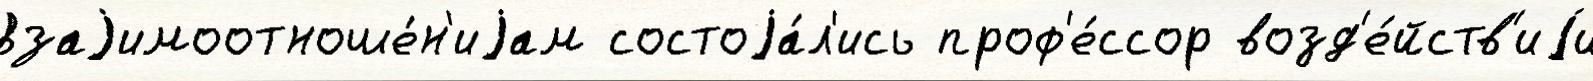
взаjимоотноше́н'иjам состоjа́л'ись проф'е́ссор возд'е́йств'иjи